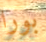
بورا